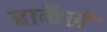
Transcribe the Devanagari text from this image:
बार्केले